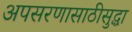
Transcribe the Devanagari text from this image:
अपसरणासाठीसुद्धा